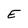
Character: E